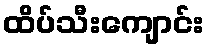
ထိပ်သီးကျောင်း